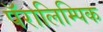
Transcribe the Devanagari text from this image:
पॅरालिम्पिक